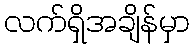
လက်ရှိအချိန်မှာ